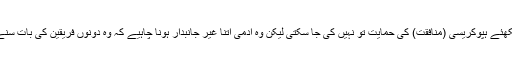
دیکھئے ہپوکریسی (منافقت) کی حمایت تو نہیں کی جا سکتی لیکن وہ آدمی اتنا غیر جانبدار ہونا چاہیے کہ وہ دونوں فریقین کی بات سنے ۔